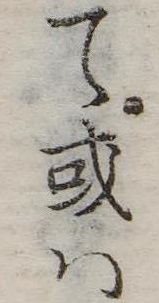
て或は